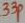
Text: 33p